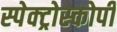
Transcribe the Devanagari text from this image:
स्‍पेक्‍ट्रोस्‍कोर्पी